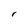
Character: r